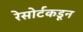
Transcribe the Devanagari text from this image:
रेसोर्टकडून